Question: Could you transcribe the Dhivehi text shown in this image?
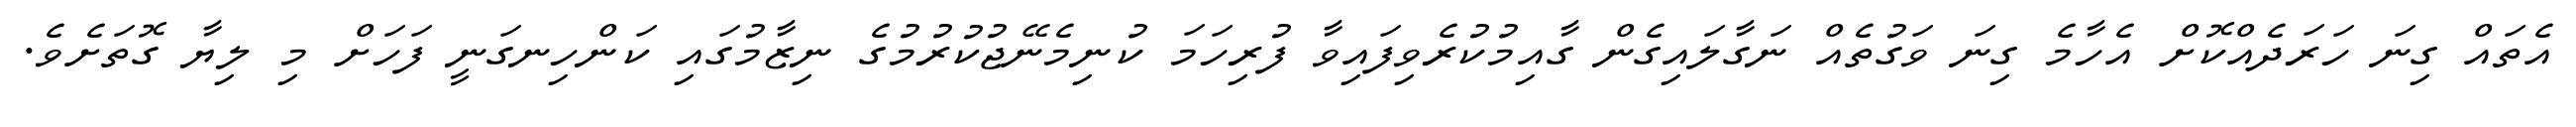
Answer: އެތައް ގިނަ ހަރަދެއްކޮށް އެހާމެ ގިނަ ވަގުތެއް ނަގާލައިގެން ގާއިމުކުރެވިފައިވާ ފުރިހަމަ ކުނިމެނޭޖުކުރުމުގެ ނިޒާމުގައި ކަންހިނގަނީ ފަހަށް މި ލިޔާ ގޮތަށެވެ.